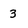
Character: 3